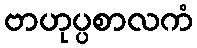
ဗာဟုပ္ပစာလကံ